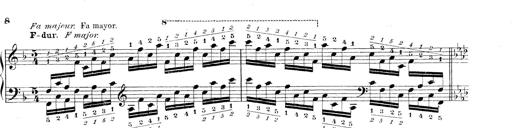
Title: Technische Studien
Composer: Franz Liszt